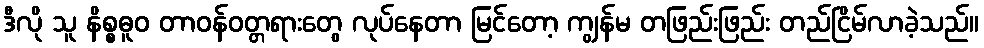
ဒီလို သူ နိစ္စဓူဝ တာဝန်ဝတ္တရားတွေ လုပ်နေတာ မြင်တော့ ကျွန်မ တဖြည်းဖြည်း တည်ငြိမ်လာခဲ့သည်။